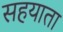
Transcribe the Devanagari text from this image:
सहयाता